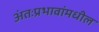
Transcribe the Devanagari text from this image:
अंतःप्रभावांमधील